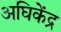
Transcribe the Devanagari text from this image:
अघिकेंद्र